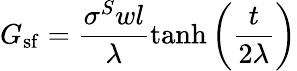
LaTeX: G_{\mathrm{sf}}=\frac{\sigma^{S}wl}{\lambda}\mathrm{tanh}\left(\frac{t}{2\lambda}\right)